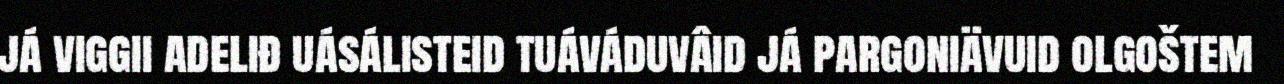
já viggii adeliđ uásálisteid tuáváduvâid já pargoniävuid olgoštem